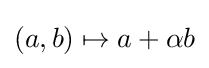
(a,b)\mapsto a+\alpha b